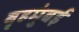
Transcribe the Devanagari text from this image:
बृहमुंबई